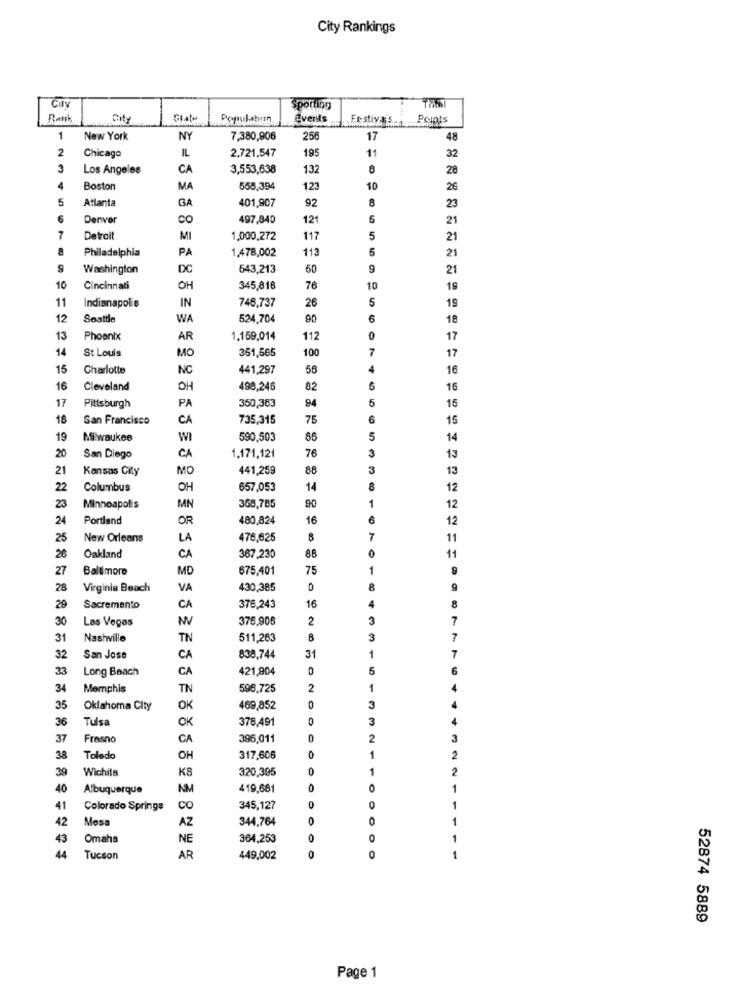
City Rankings
Sporting
Rank
City
Events
Festiva5.1-
Points
1
New York
NY
7,380,906
256
17
48
2
Chicago
IL
2.721,547
195
11
32
3
Los Angeles
CA
3,553,638
132
8
28
Boston
MA
555,394
123
10
26
5
Atlanta
401,907
GA
92
23
6
Denver
co
497,840
121
6
21
7
Detroit
MI
1,000,272
117
5
21
8
Philadelphia
PA
1,478,002
5
113
21
Washington
DC
543,213
60
9
21
10
Cincinnati
OH
345,816
76
10
19
11
Indianapolis
746,737
26
19
IN
12
Seattle
WA
524,704
90
6
18
13
Phoenix
AR
1.169,014
112
0
17
14
St Louis
351,565
100
17
MO
15
Charlotte
NC
441,297
56
16
16
Cleveland
OH
498,246
82
16
17
350,363
94
5
15
Pittsburgh
PA
18
San Francisco
CA
735,315
75
6
15
19
Milwaukee
WI
590,503
86
5
14
20
3
San Diego
CA
1.171,121
76
13
21
Kansas City
MO
441,259
88
3
13
22
Columbus
OH
657,053
14
8
12
23
Minneapolis
MN
368,785
90
1
12
24
Portland
OR
480,824
16
6
12
25
New Orleans
LA
476,625
8
7
11
367,230
86
0
11
26
Oakland
CA
27
Baltimore
MD
675,401
75
1
28
Virginia Beach
VA
430,385
16
29
Sacremento
CA
376,243
30
Las Vegas
WV
376,905
2
3
7
31
Nashville
TN
511,263
8
3
31
1
7
32
San Jose
CA
838,744
33
Long Beach
CA
421,904
5
34
Memphis
TN
596,725
2
35
Oklahoma City
OK
469,852
3
36
Tulsa
378,491
0
3
6444
OK
37
Fresno
CA
396,011
2
1
38
Toledo
OH
317,606
O
39
Wichita
320,395
1
K8
40
Albuquerque
NM
419,681
1
41
Colorado Springs
CO
345,127
42
Mesa
AZ
344,764
0
-
43
Omaha
NE
364,253
1
44
Tucson
AR
449,002
1
52874 5889
Page 1